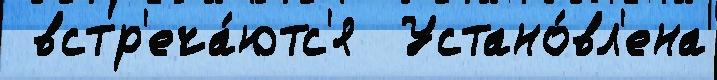
 встр'еча́ютс'я  Устано́вл'ена